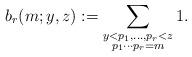
LaTeX: \begin{align*}b_{r}(m;y, z):= \sum_{\substack{y<p_1, \dots, p_{r}<z\\ p_1\cdots p_{r}=m}}1.\end{align*}